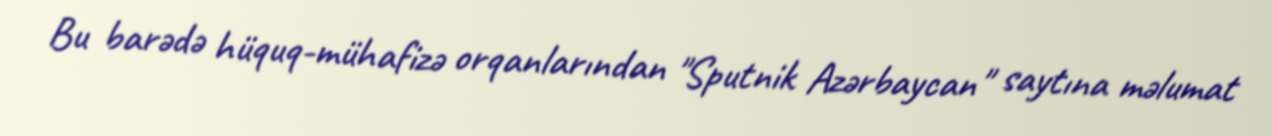
Bu barədə hüquq-mühafizə orqanlarından "Sputnik Azərbaycan" saytına məlumat